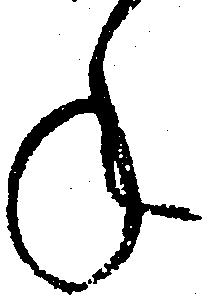
年